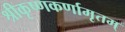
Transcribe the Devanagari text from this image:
श्रीकृष्णकर्णामृतम्